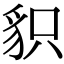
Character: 𧲻